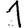
Digit: 1